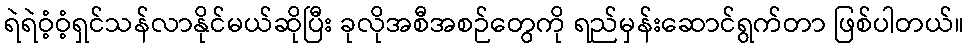
ရဲရဲဝံ့ဝံ့ရှင်သန်လာနိုင်မယ်ဆိုပြီး ခုလိုအစီအစဉ်တွေကို ရည်မှန်းဆောင်ရွက်တာ ဖြစ်ပါတယ်။